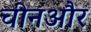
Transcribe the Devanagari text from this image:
चीनऔर